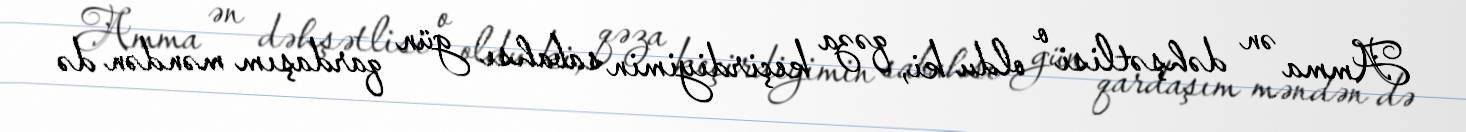
Amma ən dəhşətlisi o oldu ki, qəza keçirdiyimin sabahsı gün qardaşım məndən də